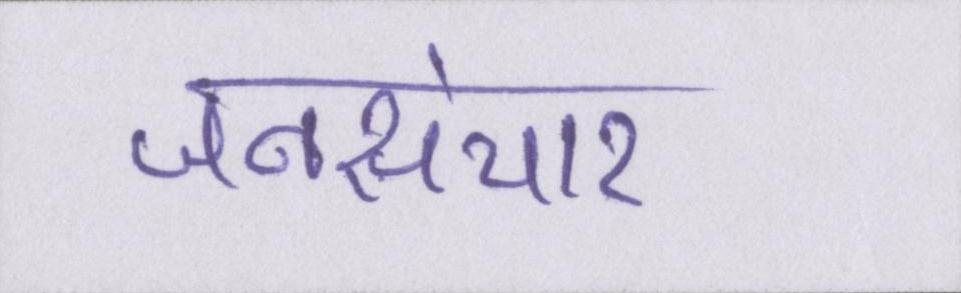
जनसंचार